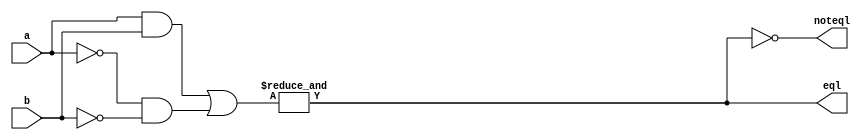
//`include"cla8.v"
module comparator(a,b,eql,noteql);

input [7:0]a,b;
output eql,noteql;
wire [7:0]exnor,s,bnot,b1,s1;
wire cout1,cout;

assign bnot=~b;
assign exnor=(a&b)|(~a)&(~b);
//exnor[0]&exnor[1]&exnor[2]&exnor[3]&exnor[4]&exnor[5]&exnor[6]&exnor[7]&exnor[8]&exnor[9]&exnor[10]&exnor[11]&exnor[12]&exnor[13]&exnor[14]&exnor[15];
assign eql=&exnor;
assign noteql=~(eql&1);

endmodule